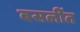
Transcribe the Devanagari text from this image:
बसलींत